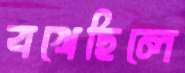
বখেছিলে